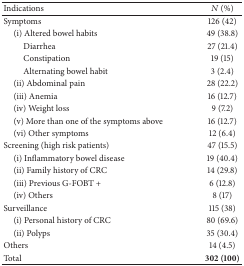
<table><thead><tr><td><b>Indications</b></td><td><b><i>N</i> (%)</b></td></tr></thead><tbody><tr><td>Symptoms</td><td>126 (42)</td></tr><tr><td> (i) Altered bowel habits</td><td>49 (38.8)</td></tr><tr><td>Diarrhea</td><td>27 (21.4)</td></tr><tr><td>Constipation</td><td>19 (15)</td></tr><tr><td>Alternating bowel habit</td><td>3 (2.4)</td></tr><tr><td> (ii) Abdominal pain</td><td>28 (22.2)</td></tr><tr><td> (iii) Anemia </td><td>16 (12.7)</td></tr><tr><td> (iv) Weight loss</td><td>9 (7.2)</td></tr><tr><td> (v) More than one of the symptoms above</td><td>16 (12.7)</td></tr><tr><td> (vi) Other symptoms</td><td>12 (6.4)</td></tr><tr><td>Screening (high risk patients)</td><td>47 (15.5)</td></tr><tr><td> (i) Inflammatory bowel disease</td><td>19 (40.4)</td></tr><tr><td> (ii) Family history of CRC</td><td>14 (29.8)</td></tr><tr><td> (iii) Previous G-FOBT +</td><td>6 (12.8)</td></tr><tr><td> (iv) Others</td><td>8 (17)</td></tr><tr><td>Surveillance</td><td>115 (38)</td></tr><tr><td> (i) Personal history of CRC</td><td>80 (69.6)</td></tr><tr><td> (ii) Polyps</td><td>35 (30.4)</td></tr><tr><td>Others</td><td>14 (4.5)</td></tr><tr><td>Total</td><td><b>302 (100)</b></td></tr></tbody></table>